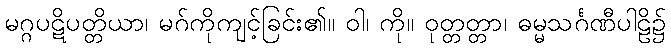
မဂ္ဂပဋိပတ္တိယာ၊ မဂ်ကိုကျင့်ခြင်း၏။ ဝါ၊ ကို။ ဝုတ္တတ္တာ၊ ဓမ္မသင်္ဂဏီပါဠိ၌